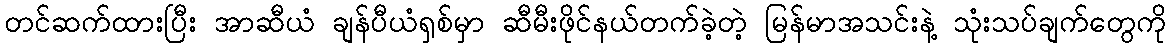
တင်ဆက်ထားပြီး အာဆီယံ ချန်ပီယံရှစ်မှာ ဆီမီးဖိုင်နယ်တက်ခဲ့တဲ့ မြန်မာအသင်းနဲ့ သုံးသပ်ချက်တွေကို